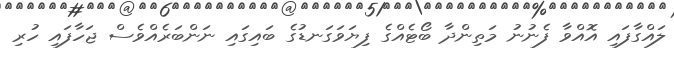
ލައްގާފައި އޮއްވާ ފެނުނު މަތިންދާ ބޯޓެއްގެ ފިޔަވަގަނޑުގެ ބައިގައި ނަންބަރެއްވެސް ޖަހާފައި ހުރި